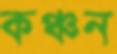
কঞ্চন